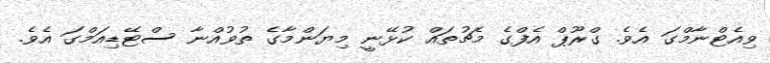
ވިއެޓްނާމްގަ އެވެ. ގްރޫޕް އެފްގެ މެޗުތައް ކުޅޭނީ މިޔަންމާގެ ތުވުއްނާ ސްޓޭޑިއަމްގަ އެވެ.